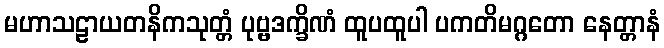
မဟာသဠာယတနိကသုတ္တံ ပုဗ္ဗဒက္ခိဏံ ထူပထူပါ ပကတိမဂ္ဂတော နေတ္တာနံ